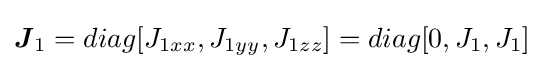
{\boldsymbol {J}}_{1}=diag[J_{1xx},J_{1yy},J_{1zz}]=diag[0,J_{1},J_{1}]